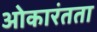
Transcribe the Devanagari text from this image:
ओकारंतता